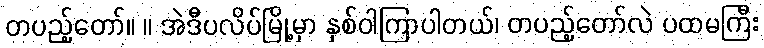
တပည့်တော်။ ။ အဲဒီပလိပ်မြို့မှာ နှစ်ဝါကြာပါတယ်၊ တပည့်တော်လဲ ပထမကြီး